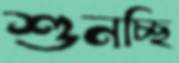
শুনচ্ছি